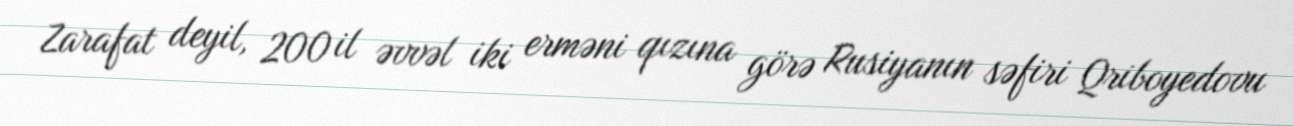
Zarafat deyil, 200 il əvvəl iki erməni qızına görə Rusiyanın səfiri Qriboyedovu